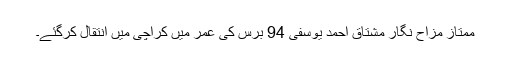
ممتاز مزاح نگار مشتاق احمد یوسفی 94 برس کی عمر میں کراچی میں انتقال کرگئے۔